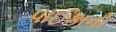
પાઈકાની